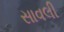
સાવલી